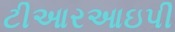
ટીઆરઆઇપી